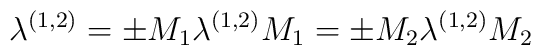
\lambda^{(1,2)} = \pm M_1 \lambda^{(1,2)} M_1                   = \pm M_2 \lambda^{(1,2)} M_2 \;